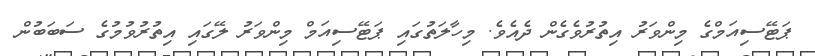
ޕަޓޭސިއަމްގެ މިންވަރު އިތުރުވެގެން ދެއެވެ. މިހާލަތުގައި ޕަޓޭސިއަމް މިންވަރު ލޭގައި އިތުރުވުމުގެ ސަބަބުން